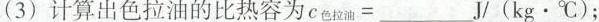
(3)计算出色拉油的比热容为$$c _ { 色 拉 油 } = ___ J / ( k g \cdot ℃ )$$ ；